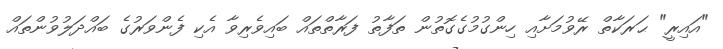
"އައިރީ" ޙަރަކާތް ރޭވުމަށާއި ހިންގުމުގެގޮތުން ތަފާތު ފަރާތްތައް ބައިވެރިވާ އެކި ފެންވަރުގެ ބައްދަލުވުންތައް